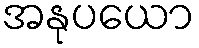
အနုပယော